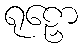
ရုဠှော